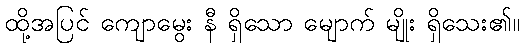
ထို့အပြင် ကျောမွေး နီ ရှိသော မျောက် မျိုး ရှိသေး၏။